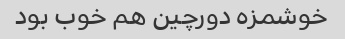
خوشمزه دورچین هم خوب بود